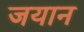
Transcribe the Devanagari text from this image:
जयान